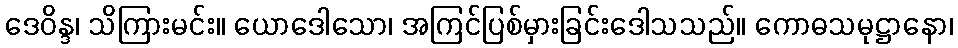
ဒေဝိန္ဒ၊ သိကြားမင်း။ ယောဒေါသော၊ အကြင်ပြစ်မှားခြင်းဒေါသသည်။ ကောဓသမုဋ္ဌာနော၊